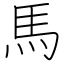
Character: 馬